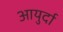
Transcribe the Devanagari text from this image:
आयुर्दा